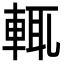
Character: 輒